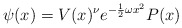
\begin{align*}\psi(x) = V(x)^{\nu} e^{-\frac12 \omega x^2} P(x)\end{align*}